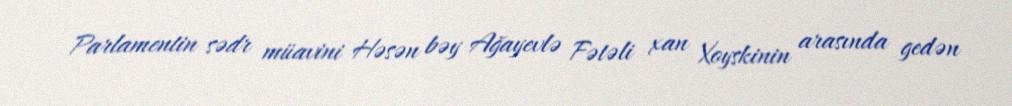
Parlamentin sədr müavini Həsən bəy Ağayevlə Fətəli xan Xoyskinin arasında gedən